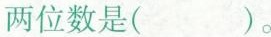
两位数是( )。